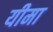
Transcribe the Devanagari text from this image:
यीमा